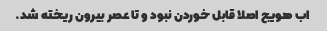
اب هویج اصلا قابل خوردن نبود و تا عصر بیرون ریخته شد.